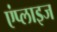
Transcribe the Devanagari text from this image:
एंप्लाइज